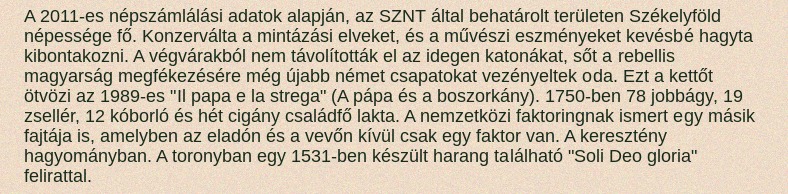
A 2011-es népszámlálási adatok alapján, az SZNT által behatárolt területen Székelyföld népessége fő. Konzerválta a mintázási elveket, és a művészi eszményeket kevésbé hagyta kibontakozni. A végvárakból nem távolították el az idegen katonákat, sőt a rebellis magyarság megfékezésére még újabb német csapatokat vezényeltek oda. Ezt a kettőt ötvözi az 1989-es "Il papa e la strega" (A pápa és a boszorkány). 1750-ben 78 jobbágy, 19 zsellér, 12 kóborló és hét cigány családfő lakta. A nemzetközi faktoringnak ismert egy másik fajtája is, amelyben az eladón és a vevőn kívül csak egy faktor van. A keresztény hagyományban. A toronyban egy 1531-ben készült harang található "Soli Deo gloria" felirattal.